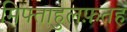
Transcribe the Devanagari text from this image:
मिफ्ताहुलफ़तह